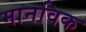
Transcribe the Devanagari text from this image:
मानविक